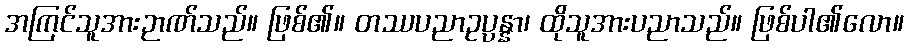
အကြင်သူအားဉာဏ်သည်။ ဖြစ်၏။ တဿပညာဥပ္ပန္နာ၊ ထိုသူအားပညာသည်။ ဖြစ်ပါ၏လော။